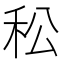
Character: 𥝶